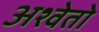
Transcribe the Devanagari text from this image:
अश्वेतो